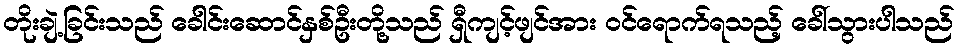
တိုးချဲ့ခြင်းသည် ခေါင်းဆောင်နှစ်ဦးတို့သည် ရှီကျင့်ဖျင်အား ဝင်ရောက်ရသည့် ခေါ်သွားပါသည်